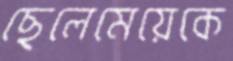
ছেলেমেয়েকে